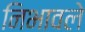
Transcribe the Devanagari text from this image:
निभावले